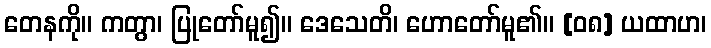
တေနကို။ ကတွာ၊ ပြုတော်မူ၍။ ဒေသေတိ၊ ဟောတော်မူ၏။ [၀၈] ယထာဟ၊